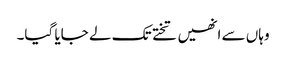
وہاں سے انھیں تختے تک لے جایا گیا۔